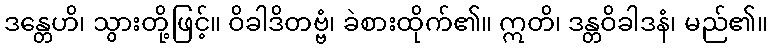
ဒန္တေဟိ၊ သွားတို့ဖြင့်။ ဝိခါဒိတဗ္ဗံ၊ ခဲစားထိုက်၏။ ဣတိ၊ ဒန္တဝိခါဒနံ၊ မည်၏။